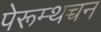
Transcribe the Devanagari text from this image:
पेरूम्थच्चन